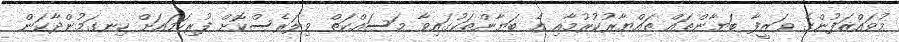
މުވައްޒަފުންގެ ވަޒީފާ ބަޔާންތައް ތައްޔާރުކުރުމާއި އެ ބަޔާންތަކުގައިވާ މަސައްކަތް ވިލަރެސްކޮށް ފުރިހަމައަށް ހިނގަމުންދާކަން